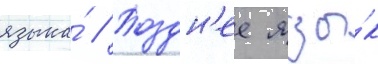
языка́ // Поздн'ее язы́к